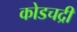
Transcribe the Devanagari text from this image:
कोडचद्री